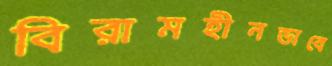
বিরামহীনভাবে